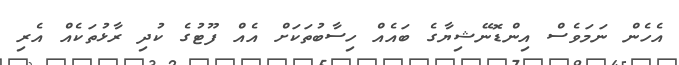
އެހެން ނަމަވެސް އިންޑޮނޭޝިޔާގެ ބައެއް ހިސާބުތަކަށް އެއް ފޫޓުގެ ކުދި ރާޅުތަކެއް އެރި